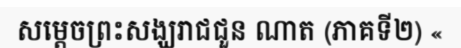
សម្តេចព្រះសង្ឃរាជជួន ណាត (ភាគទី២) «